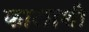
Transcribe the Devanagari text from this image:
कालाशी